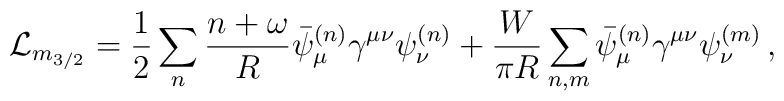
\mathcal{L}_{m_{3/2}}=\frac{1}{2}\sum_n\frac{n+\omega}{R}\bar\psi^{(n)}_{\mu} \gamma^{\mu\nu}\psi^{(n)}_{\nu}+\frac{W}{\pi R}\sum_{n,m}\bar\psi^{(n)}_{\mu} \gamma^{\mu\nu}\psi^{(m)}_{\nu}\, ,